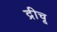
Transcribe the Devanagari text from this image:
द्रीचू